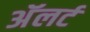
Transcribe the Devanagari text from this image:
अॅलर्ट